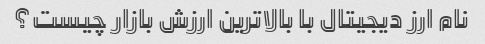
نام ارز دیجیتال با بالاترین ارزش بازار چیست؟